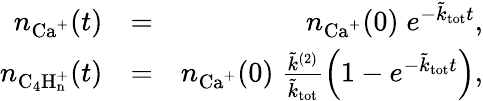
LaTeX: \begin{array}{rlr}{n_{\mathrm{Ca^{+}}}(t)}&{=}&{n_{\mathrm{Ca^{+}}}(0)\; e^{-\tilde{k}_{\mathrm{tot}}t},}\\ {n_{\mathrm{C_{4}H_{n}^{+}}}(t)}&{=}&{n_{\mathrm{Ca^{+}}}(0)\; \frac{\tilde{k}^{(2)}}{\tilde{k}_{\mathrm{tot}}}\left(1-e^{-\tilde{k}_{\mathrm{tot}}t}\right),}\end{array}